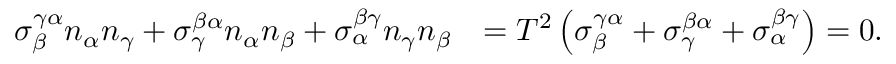
\begin{array} { r l } { \sigma _ { \beta } ^ { \gamma \alpha } n _ { \alpha } n _ { \gamma } + \sigma _ { \gamma } ^ { \beta \alpha } n _ { \alpha } n _ { \beta } + \sigma _ { \alpha } ^ { \beta \gamma } n _ { \gamma } n _ { \beta } } & { = T ^ { 2 } \left( \sigma _ { \beta } ^ { \gamma \alpha } + \sigma _ { \gamma } ^ { \beta \alpha } + \sigma _ { \alpha } ^ { \beta \gamma } \right) = 0 . } \end{array}